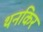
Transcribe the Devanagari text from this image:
थनकिर